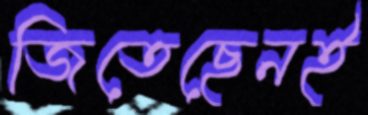
জিতেছেনই